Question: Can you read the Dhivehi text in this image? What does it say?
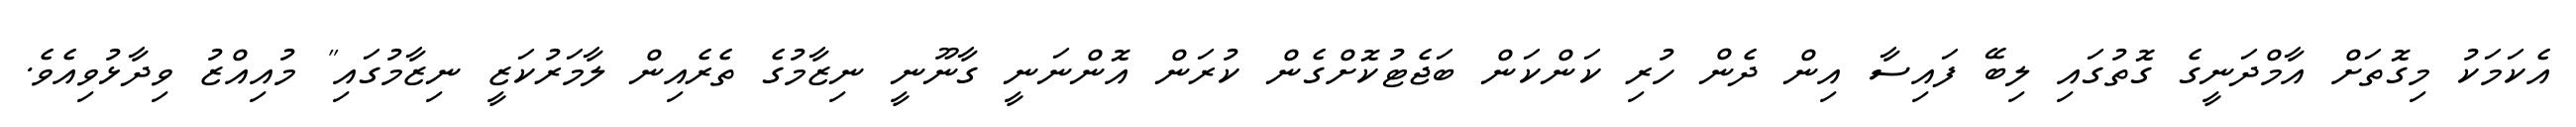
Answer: އެކަމަކު މިގޮތަށް އާމްދަނީގެ ގޮތުގައި ލިބޭ ފައިސާ އިން ދެން ހުރި ކަންކަން ބަޖެޓުކޮށްގެން ކުރަން އޮންނަނީ ގާނޫނީ ނިޒާމުގެ ތެރެއިން ލާމަރުކަޒީ ނިޒާމުގައި" މުއިއްޒު ވިދާޅުވިއެވެ.